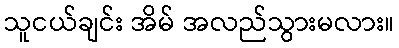
သူငယ်ချင်း အိမ် အလည်သွားမလား။